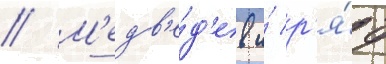
// М'едв'е́д'ев и́ р'я́д